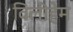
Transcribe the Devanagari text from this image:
विलीहेम